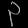
Digit: ၃